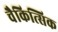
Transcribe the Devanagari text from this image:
चैकित्सिक